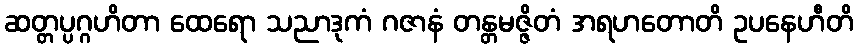
ဆတ္တပ္ပဂ္ဂဟိတာ ထေရော သညာဒုကံ ဂဇာနံ တန္တမဇ္ဇိတံ အရဟတောတိ ဥပနေဟီတိ